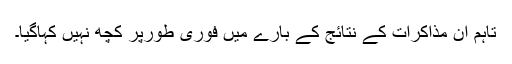
تاہم ان مذاکرات کے نتائج کے بارے میں فوری طورپر کچھ نہیں کہاگیا۔